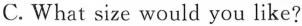
C.What size would you like?